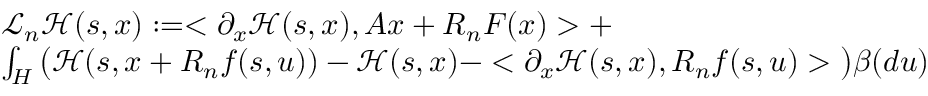
\begin{array} { r l } & { \mathcal { L } _ { n } \mathcal { H } ( s , x ) : = < \partial _ { x } { \mathcal H } ( s , x ) , A x + R _ { n } F ( x ) > + } \\ & { \int _ { H } \big ( { \mathcal H } ( s , x + R _ { n } f ( s , u ) ) - { \mathcal H } ( s , x ) - < \partial _ { x } { \mathcal H } ( s , x ) , R _ { n } f ( s , u ) > \big ) \beta ( d u ) } \end{array}